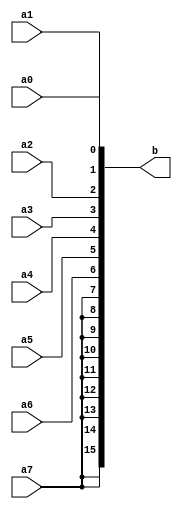
module sign_ext_8_16(a0,a1,a2,a3,a4,a5,a6,a7,b);
input a0,a1,a2,a3,a4,a5,a6,a7;
output reg [15:0]b;
always@(*)
begin
b[0]=a0;
b[1]=a1;
b[2]=a2;
b[3]=a3;
b[4]=a4;
b[5]=a5;
b[6]=a6;
b[7]=a7;
b[8]=a7;
b[9]=a7;
b[10]=a7;
b[11]=a7;
b[12]=a7;
b[13]=a7;
b[14]=a7;
b[15]=a7;
end
endmodule